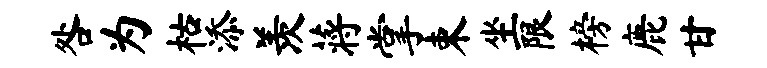
咎为枯添羡蒋掌束坐限榜鹿甘